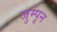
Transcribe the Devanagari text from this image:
जुम्पून